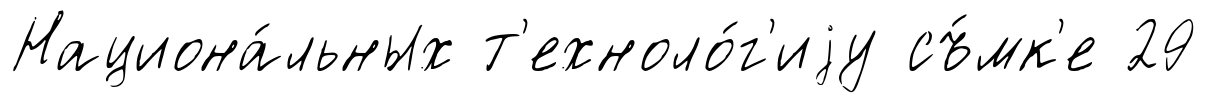
Национа́льных т'ехноло́г'иjу съ́мк'е 29